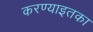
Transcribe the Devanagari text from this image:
करण्याइतका